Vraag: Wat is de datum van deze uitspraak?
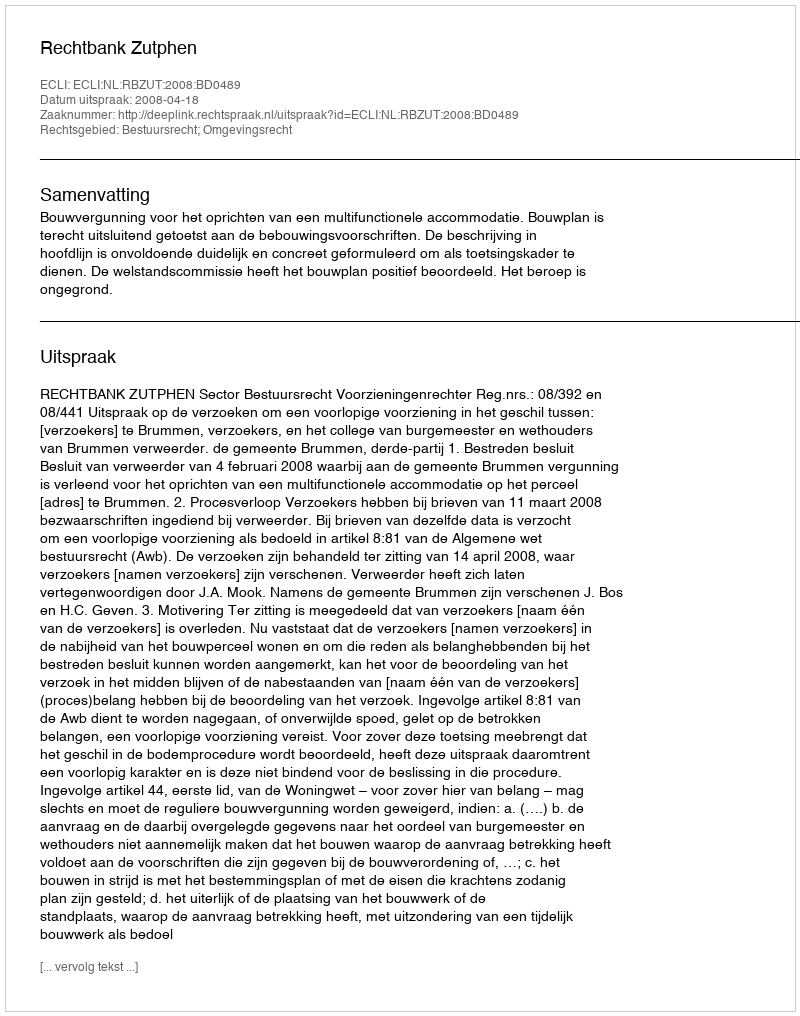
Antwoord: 2008-04-18